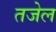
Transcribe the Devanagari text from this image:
तजेल